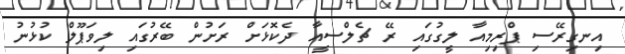
އިނގިރޭސި ޕްރިމިއާ ލީގުގައި ރޭ ޗެލްސީއާ ދެކޮޅަށް ރަށުން ބޭރުގައި ލިވަޕޫލް ކުޅުނު